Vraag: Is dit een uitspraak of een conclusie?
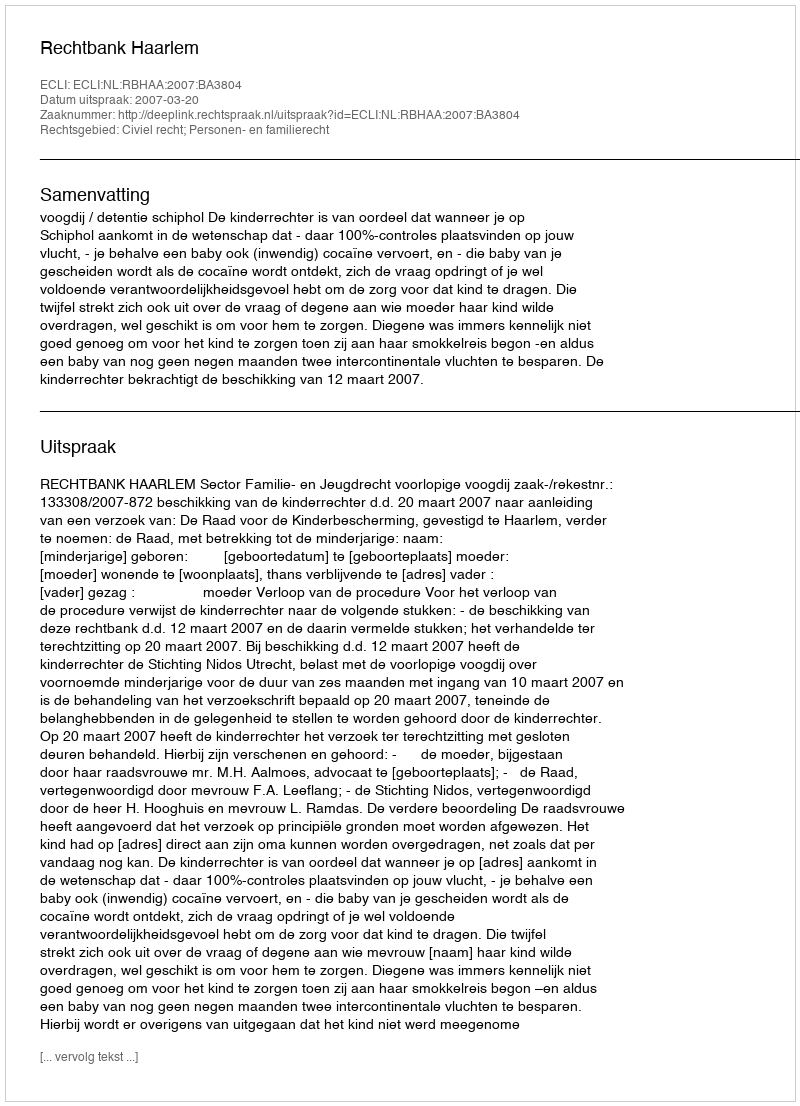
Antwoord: Uitspraak